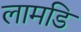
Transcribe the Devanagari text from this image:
लामडि